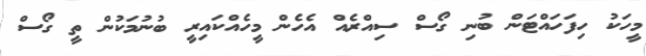
މީހަކު ހިފަހައްޓަން ބުނި ގޯސް ސިއްރެއް އެހެން މީހެއްކައިރީ ބުނުމަކުން ތީ ގޯސް